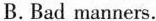
B. Bad manners.